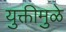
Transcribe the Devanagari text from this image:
युक्तीमुळे